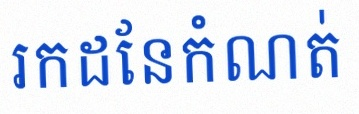
រកដែនកំណត់